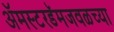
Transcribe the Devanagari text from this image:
ॲमस्टरडॅमजवळच्या